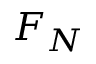
F _ { N }